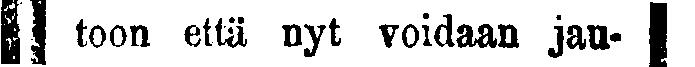
# toon että yt voidaan jau-